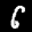
Label: 6